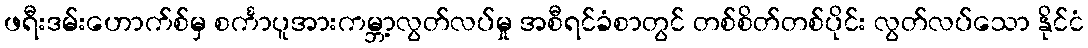
ဖရီးဒမ်းဟောက်စ်မှ စင်္ကာပူအားကမ္ဘာ့လွတ်လပ်မှု အစီရင်ခံစာတွင် တစ်စိတ်တစ်ပိုင်း လွတ်လပ်သော နိုင်ငံ